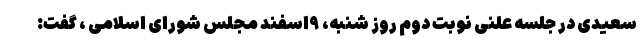
سعیدی در جلسه علنی نوبت دوم روز شنبه، ۹اسفند مجلس شورای اسلامی ، گفت: